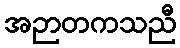
အဉာတကသညီ